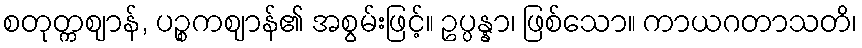
စတုတ္ကဈာန်, ပဉ္စကဈာန်၏ အစွမ်းဖြင့်။ ဥပ္ပန္နာ၊ ဖြစ်သော။ ကာယဂတာသတိ၊